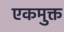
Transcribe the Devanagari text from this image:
एकमुक्त